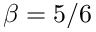
\beta = 5 / 6